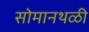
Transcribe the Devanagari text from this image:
सोमानथळी